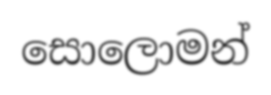
සොලොමන්